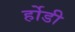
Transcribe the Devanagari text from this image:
र्होडी